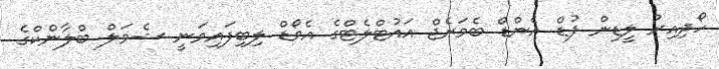
ހޯދިއިރު ލީޑިން ފުޑް އެންޑް ބެވަރެޖް އައުޓްލެޓްގެ އެވޯޑް ލިބިފައިވަނީ ޝެވަލް ބްލާންކްގެ